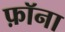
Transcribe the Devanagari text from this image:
फ़ॉना